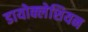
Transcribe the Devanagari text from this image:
डायोक्लेशियन